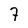
Character: 7